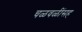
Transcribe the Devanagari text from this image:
चळवळींसह